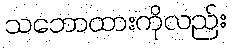
သဘောထားကိုလည်း